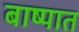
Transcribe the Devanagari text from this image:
बाष्पात